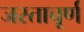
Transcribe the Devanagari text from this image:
जस्ताचूर्ण